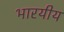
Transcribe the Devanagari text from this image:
भारयीय